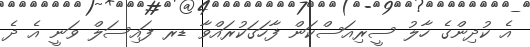
އެ ކުދިންގެ ހާލު ސީރިއަސްކަން ފާހަގަކުރައްވާ ޑރ ފައިސަލް ވަނީ އެ ދެ